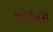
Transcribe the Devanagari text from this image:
कोसंबरी